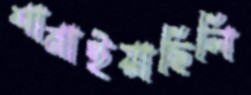
শানাইয়াছিলি